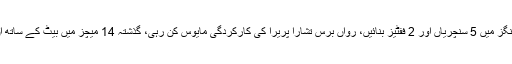
تلکارتنے دلشان پالے کیلی میں 87.1 کی اوسط سے 871 رنز اسکور کرچکے ہیں، انھوں نے یہاں 13اننگز میں 5 سنچریاں اور 2 ففٹیز بنائیں، رواں برس تشارا پریرا کی کارکردگی مایوس کن رہی، گذشتہ 14 میچز میں بیٹ کے ساتھ ان کی ایوریج صرف 10 جبکہ گیند سے58.27 رہی، مینجمنٹ کو ان کی جلد فارم میں واپسی کا یقین ہے۔